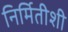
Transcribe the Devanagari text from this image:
निर्मितीशी